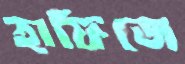
হাফিজে